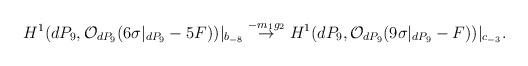
LaTeX: \begin{align*}H^{1}(dP_9, {\cal O}_{dP_9}(6 \sigma|_{dP_9} - 5F))|_{b_{-8}}\stackrel{-m_1 g_2}{\rightarrow}H^{1}(dP_9, {\cal O}_{dP_9}(9 \sigma|_{dP_9} - F))|_{c_{-3}}.\end{align*}